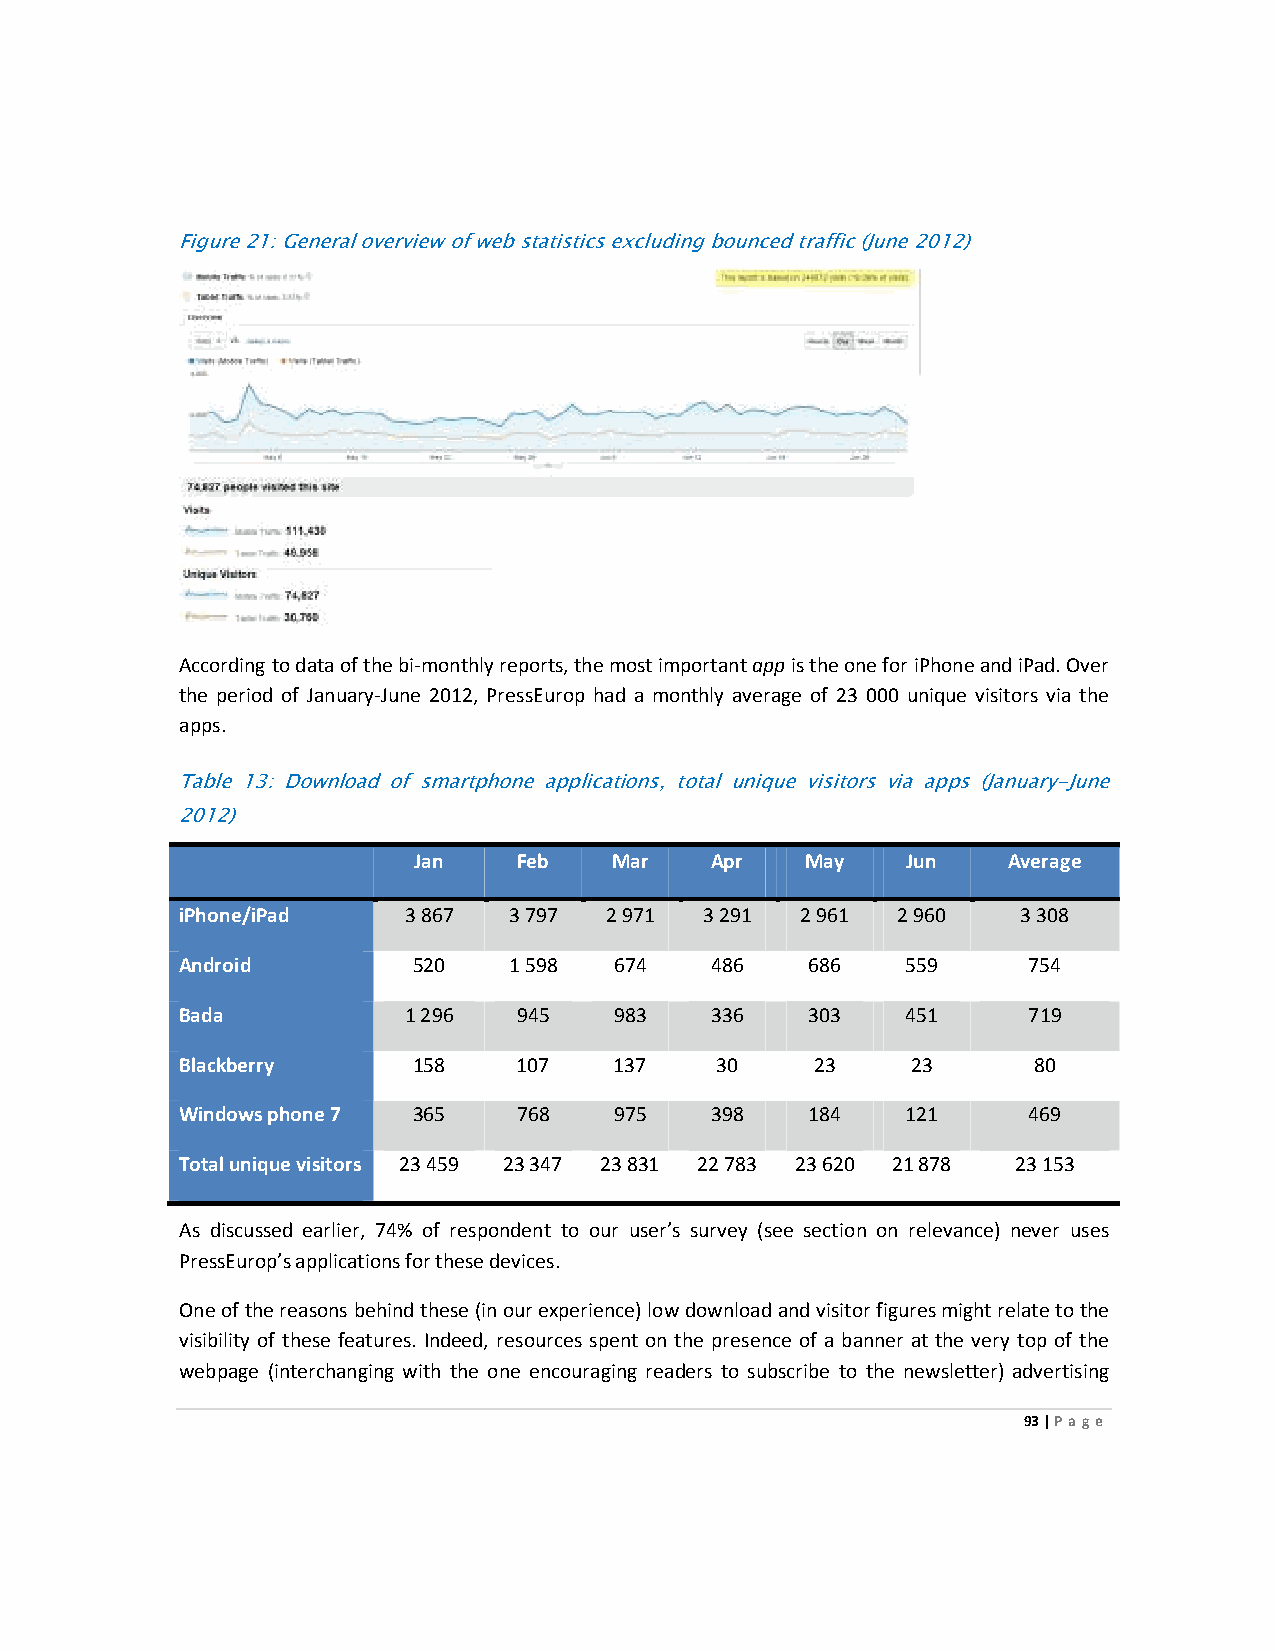
Figure 21: General overview of web statistics excluding bounced traffic (June 2012)
 According to data of the bi-monthly reports, the most important app is the one for iPhone and iPad. Over
 the period of January-June 2012, PressEurop had a monthly average of 23 000 unique visitors via the
 apps.
 Table 13: Download of smartphone applications, total unique visitors via apps (January-June
 2012)
 Jan    Feb    Mar   Apr   May    Jun    Average
 iPhone/iPad    3 867  3 797 2 971  3 291 2 961 2 960    3 308
 Android        520    1 598  674   486    686   559     754
 Bada           1 296  945    983   336    303   451     719
 Blackberry     158    107    137   30     23    23      80
 Windows phone 7 365   768    975   398    184   121     469
 Total unique visitors 23 459 23 347 23 831 22 783 23 620 21 878 23 153
 As discussed earlier, 74% of respondent to our user’s survey (see section on relevance) never uses
 PressEurop’s applications for these devices.
 One of the reasons behind these (in our experience) low download and visitor figures might relate to the
 visibility of these features. Indeed, resources spent on the presence of a banner at the very top of the
 webpage (interchanging with the one encouraging readers to subscribe to the newsletter) advertising
 93 | Page